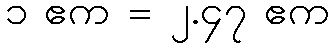
၁ ဧက = ၂.၄၇ ဧက